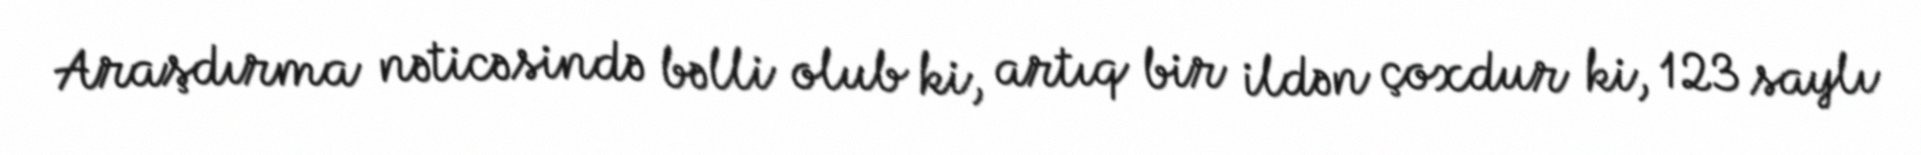
Araşdırma nəticəsində bəlli olub ki, artıq bir ildən çoxdur ki, 123 saylı